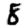
Digit: 8